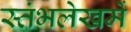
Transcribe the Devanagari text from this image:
स्‍तंभलेखमें